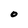
Character: O